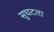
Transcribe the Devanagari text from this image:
सुघटता